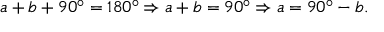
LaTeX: a + b + 9 0 ^ { \circ } = 1 8 0 ^ { \circ } \Rightarrow a + b = 9 0 ^ { \circ } \Rightarrow a = 9 0 ^ { \circ } - b .